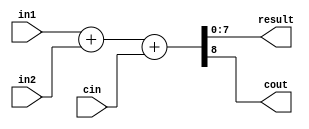
// This program was cloned from: https://github.com/sep-81/Computer-Architecture-Course-Projects
// License: MIT License

module Adder (
    in1,
    in2,
    cin,
    result,
    cout
);
  parameter word_len = 8;
  input [word_len - 1 : 0] in1, in2;
  input cin;
  output [word_len - 1 : 0] result;
  output cout;
  assign {cout, result} = in1 + in2 + cin;
endmodule